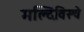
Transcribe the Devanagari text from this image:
मल्दिविस्चे